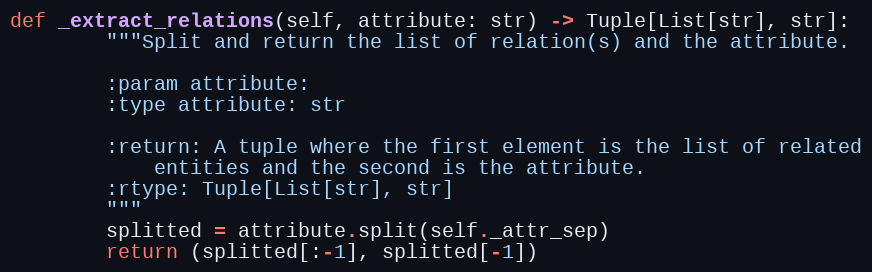
Language: Python
def _extract_relations(self, attribute: str) -> Tuple[List[str], str]:
        """Split and return the list of relation(s) and the attribute.

        :param attribute:
        :type attribute: str

        :return: A tuple where the first element is the list of related
            entities and the second is the attribute.
        :rtype: Tuple[List[str], str]
        """
        splitted = attribute.split(self._attr_sep)
        return (splitted[:-1], splitted[-1])